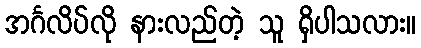
အင်္ဂလိပ်လို နားလည်တဲ့ သူ ရှိပါသလား။